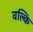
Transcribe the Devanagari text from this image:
वल्‍कि